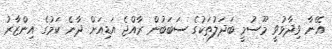
އޭނާ ވިދާޅުވީ މޫސުމީ ބަދަލުތަކުގެ ސަބަބުން ރާއްޖެ އަޑިއަށް ދާނެ ކަމުގެ އިންޒާރު